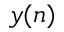
y ( n )